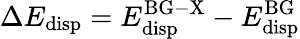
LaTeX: \Delta E_{\mathrm{disp}}=E_{\mathrm{disp}}^{\mathrm{BG-X}}-E_{\mathrm{disp}}^{\mathrm{BG}}